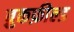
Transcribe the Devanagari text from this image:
ब्रुकफ़ील्ड